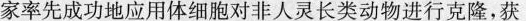
家率先成功地应用体细胞对非人灵长类动物进行克隆，获